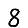
Digit: 8